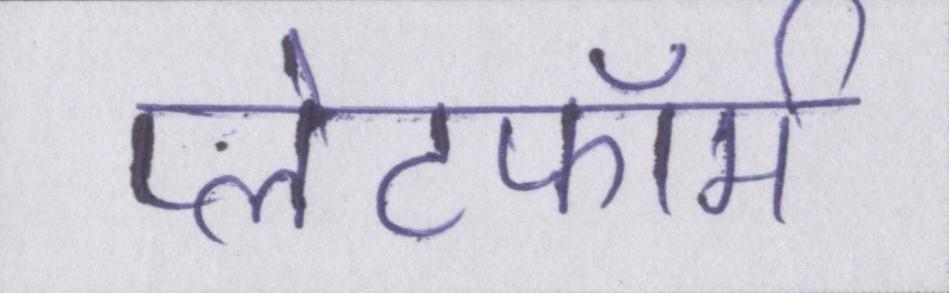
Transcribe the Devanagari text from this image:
प्लेटफॉर्म